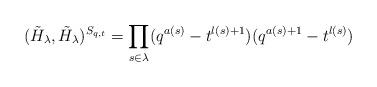
LaTeX: \begin{align*}(\tilde H_\lambda, \tilde H_\lambda)^{S_{q,t}} = \prod_{s\in \lambda} (q^{a(s)}- t^{l(s)+1}) (q^{a(s)+1}- t^{l(s)} )\end{align*}